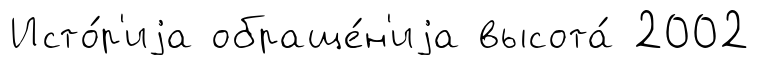
Исто́р'иjа обраще́н'иjа высота́ 2002